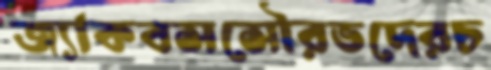
জ্যাকবসসৌরভদেরচ